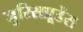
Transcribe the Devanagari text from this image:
जुरिसप्रूडेंस